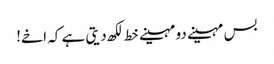
بس مہینے دو مہینے خط لکھ دیتی ہے کہ اخے!